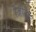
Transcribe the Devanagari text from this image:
रेजीडेंड